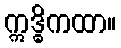
ဣဒ္ဓိကထာ။